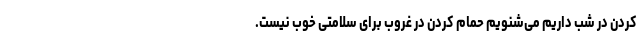
کردن در شب داریم می‌شنویم حمام کردن در غروب برای سلامتی خوب نیست.